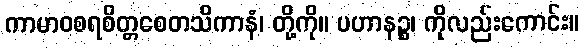
ကာမာဝစရစိတ္တစေတသိကာနံ၊ တို့ကို။ ပဟာနဉ္စ၊ ကိုလည်းကောင်း။